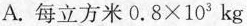
A.每立方米$$0 . 8 × 1 0 ^ { 3 }$$kg